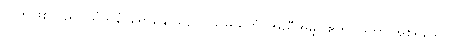
တကွဖြစ်သည်။ သံသနံ၊ ရောနှောသည်။ သမ္ပယုတ္တံ၊ အညီအမျှ၊ ဧကုပ္ပါဒတာ အစရှိသော